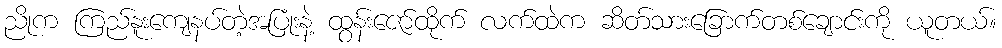
ညိုက ကြည်နူးကျေနပ်တဲ့အပြုံးနဲ့ ထွန်းဇော်ထိုက် လက်ထဲက ဆိတ်သားခြောက်တစ်ချောင်းကို ယူတယ်။